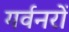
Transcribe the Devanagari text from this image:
गर्वनरों